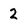
Character: 2